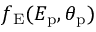
f _ { \mathrm { E } } ( E _ { \mathrm { p } } , \theta _ { \mathrm { p } } )